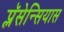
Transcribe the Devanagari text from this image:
प्लॅसेन्सियास